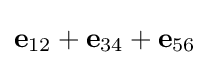
\mathbf {e} _{12}+\mathbf {e} _{34}+\mathbf {e} _{56}